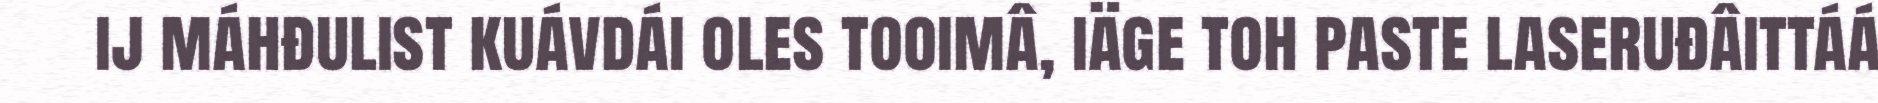
ij máhđulist kuávdái oles tooimâ, iäge toh paste laseruđâittáá